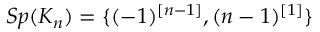
S p ( K _ { n } ) = \{ ( - 1 ) ^ { [ n - 1 ] } , ( n - 1 ) ^ { [ 1 ] } \}